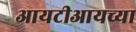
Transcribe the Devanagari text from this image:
आयटीआयच्या